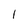
Character: l